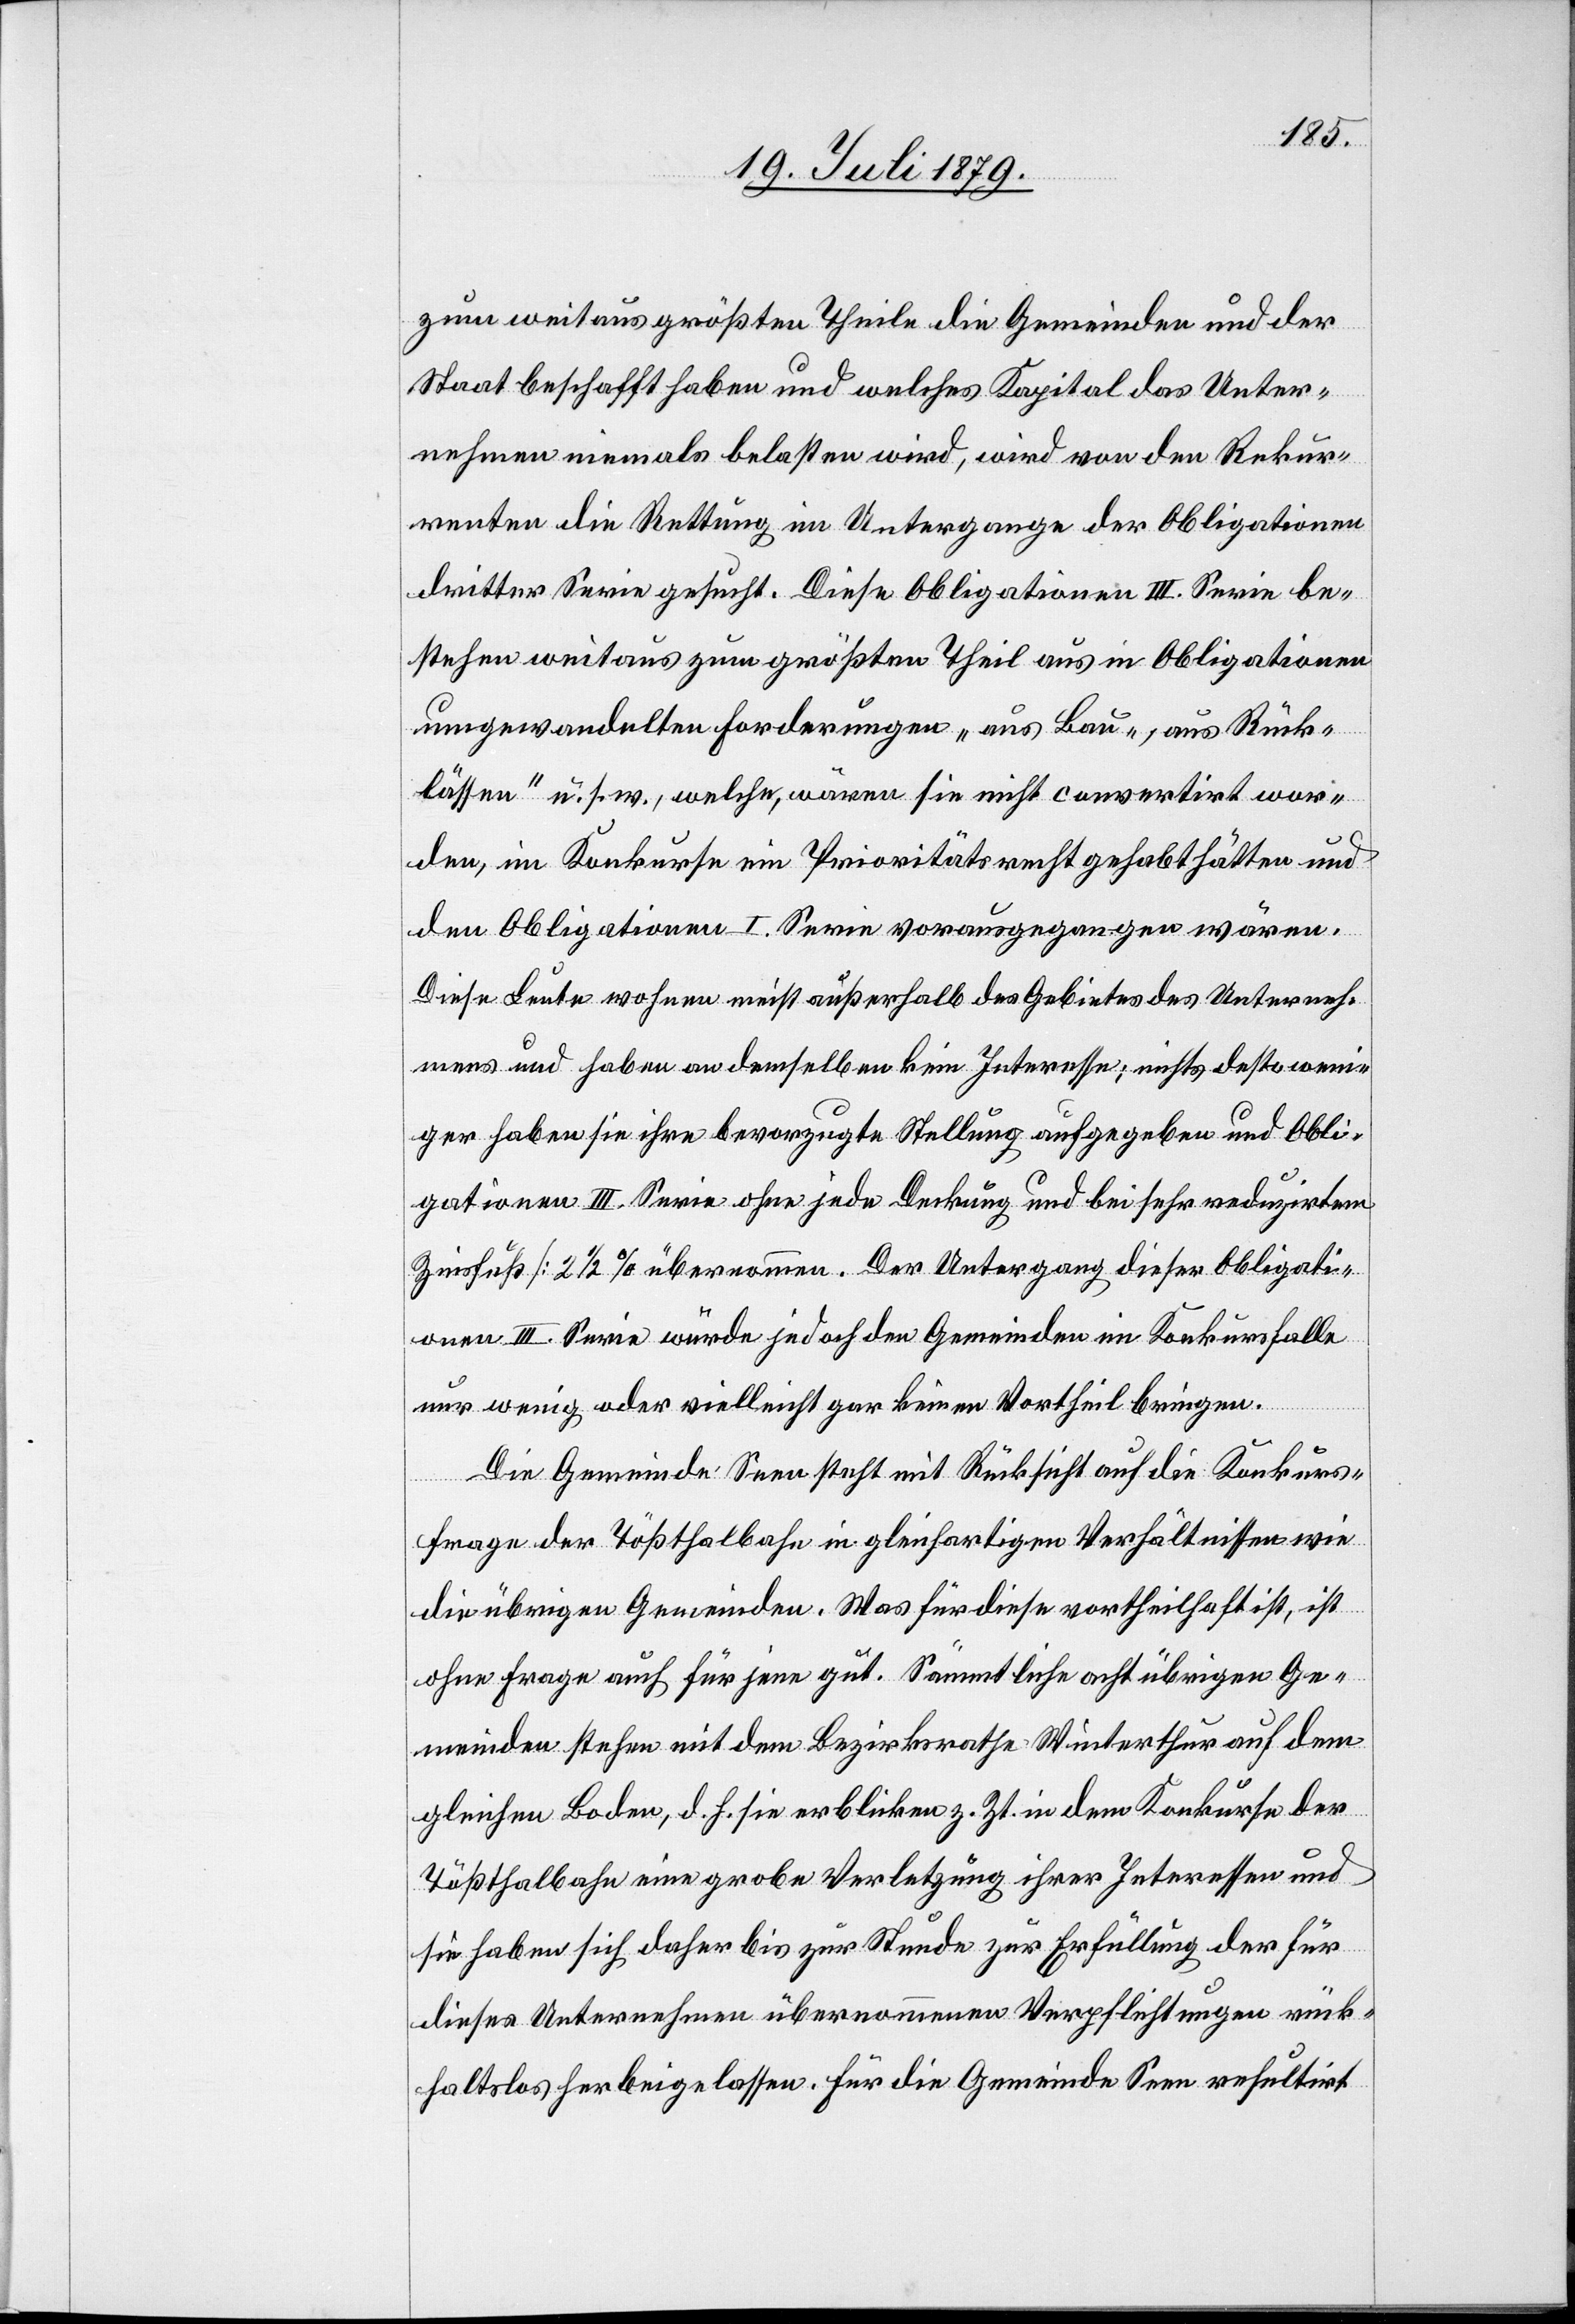
zum weitaus größten Theil die Gemeinden und der
Staat beschafft haben und welches Kapital das Unter¬
nehmen niemals belasten wird, wird von den Rekur¬
renten die Rettung im Untergange der Obligationen
dritter Serie gesucht. Diese Obligationen III. Serie be¬
stehen weitaus zum größten Theil aus in Obligationen
umgewandelten Forderungen „aus Bau-, aus Rück¬
lässen“ u. s. w., welche, wären sie nicht convertirt wor¬
den, im Konkurse ein Prioritätsrecht gehabt hätten und
den Obligationen I. Serie vorausgegangen wären.
Diese Leute wohnen meist außerhalb des Gebietes des Unterneh¬
mens und haben an demselben kein Interesse; nichts desto weni¬
ger haben sie ihre bevorzugte Stellung aufgegeben und Obli¬
gationen III. Serie ohne jede Deckung und bei sehr reduzirtem
Zinsfuß [2 1/2%] übernommen. Der Untergang dieser Obligati¬
onen III. Serie würde jedoch den Gemeinden im Konkursfalle
nur wenig oder vielleicht gar keinen Vortheil bringen.
Die Gemeinde Seen steht mit Rücksicht auf die Konkurs¬
frage der Tößthalbahn in gleichartigen Verhältnissen wie
die übrigen Gemeinden. Was für diese vortheilhaft ist, ist
ohne Frage auch für jene gut. Sämmtliche acht übrigen Ge¬
meinden stehen mit dem Bezirksrathe Winterthur auf dem
gleichen Boden, d. h. sie erblicken z. Zt. in dem Konkurse der
Tößthalbahn eine grobe Verletzung ihrer Interessen und
sie haben sich daher bis zur Stunde zur Erfüllung der für
dieses Unternehmen übernommenen Verpflichtungen rück¬
haltslos herbeigelassen. Für die Gemeinde Seen resultirt